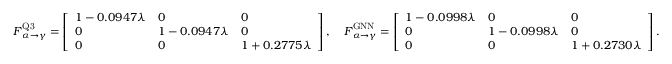
\boldsymbol { F } _ { \alpha \rightarrow \gamma } ^ { \mathrm { Q 3 } } = \left[ \begin{array} { l l l } { 1 - 0 . 0 9 4 7 \lambda } & { 0 } & { 0 } \\ { 0 } & { 1 - 0 . 0 9 4 7 \lambda } & { 0 } \\ { 0 } & { 0 } & { 1 + 0 . 2 7 7 5 \lambda } \end{array} \right] , \quad \boldsymbol { F } _ { \alpha \rightarrow \gamma } ^ { \mathrm { G N N } } = \left[ \begin{array} { l l l } { 1 - 0 . 0 9 9 8 \lambda } & { 0 } & { 0 } \\ { 0 } & { 1 - 0 . 0 9 9 8 \lambda } & { 0 } \\ { 0 } & { 0 } & { 1 + 0 . 2 7 3 0 \lambda } \end{array} \right] .